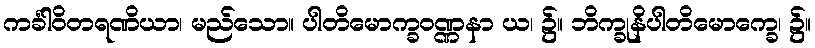
ကင်္ခါဝိတရဏိယာ၊ မည်သော။ ပါတိမောက္ခဝဏ္ဏနာ ယ၊ ၌။ ဘိက္ခုနိပါတိမောက္ခေ၊ ၌။